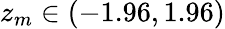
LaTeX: z_{m}\in(-1.96,1.96)